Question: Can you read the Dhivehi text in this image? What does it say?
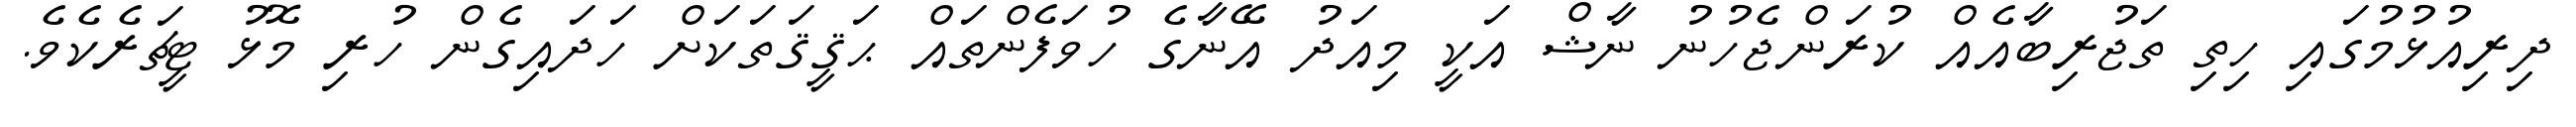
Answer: ދިރިއުޅުމުގައި ހިތި ތަޖުރިބާއެއް ކުރަންޖެހުނު ނާޝް އަކީ މިއަދު އޭނާގެ ހުވަފެންތައް ޙަޤީޤަތަކަށް ހަދައިގެން ހުރި މޮޅު ޓީޗަރެކެވެ.